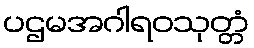
ပဌမအဂါရဝသုတ္တံ